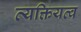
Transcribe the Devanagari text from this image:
व्यक्तियत्व